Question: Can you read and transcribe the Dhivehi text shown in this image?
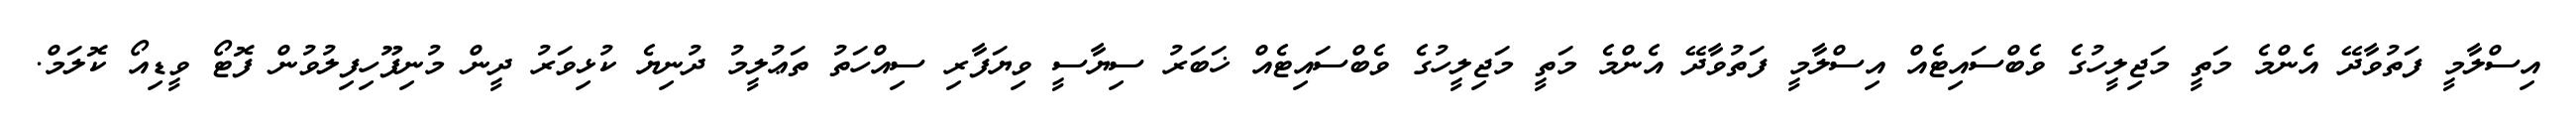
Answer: އިސްލާމީ ފަތުވާދޭ އެންމެ މަތީ މަޖިލީހުގެ ވެބްސައިޓެއް އިސްލާމީ ފަތުވާދޭ އެންމެ މަތީ މަޖިލީހުގެ ވެބްސައިޓެއް ޚަބަރު ސިޔާސީ ވިޔަފާރި ސިއްހަތު ތަޢުލީމު ދުނިޔެ ކުޅިވަރު ދީން މުނިފޫހިފިލުވުން ފޮޓޯ ވީޑިއޯ ކޮލަމް.